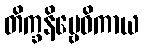
တိက္ခနိဗ္ဗေဓိကာယ